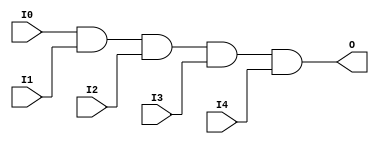
// $Header: /devl/xcs/repo/env/Databases/CAEInterfaces/verunilibs/data/unisims/AND5.v,v 1.6 2007/05/23 21:43:33 patrickp Exp $
///////////////////////////////////////////////////////////////////////////////
// Copyright (c) 1995/2004 Xilinx, Inc.
// All Right Reserved.
///////////////////////////////////////////////////////////////////////////////
//   ____  ____
//  /   /\/   /
// /___/  \  /    Vendor : Xilinx
// \   \   \/     Version : 10.1
//  \   \         Description : Xilinx Functional Simulation Library Component
//  /   /                  5-input AND Gate
// /___/   /\     Filename : AND5.v
// \   \  /  \    Timestamp : Thu Mar 25 16:42:12 PST 2004
//  \___\/\___\
//
// Revision:
//    03/23/04 - Initial version.
//    05/23/07 - Changed timescale to 1 ps / 1 ps.

`timescale  1 ps / 1 ps


module AND5 (O, I0, I1, I2, I3, I4);

    output O;

    input  I0, I1, I2, I3, I4;

    and A1 (O, I0, I1, I2, I3, I4);


endmodule